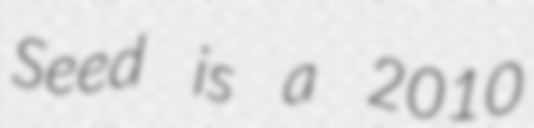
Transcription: Seed is a 2010